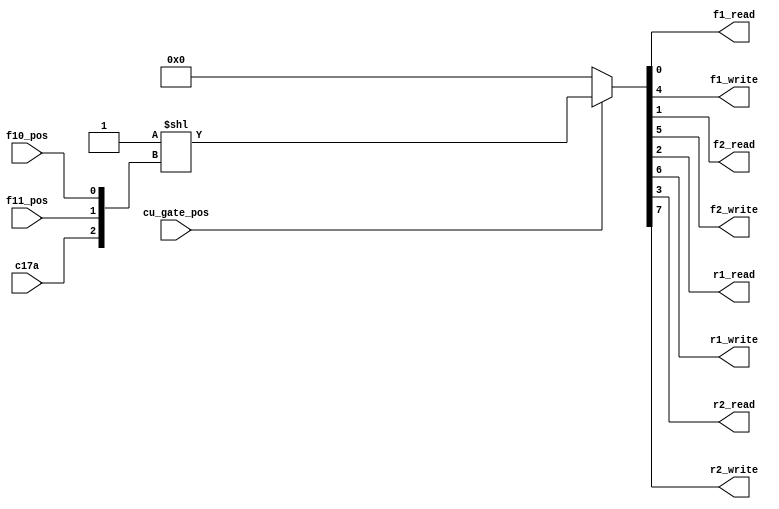
/* The original machine's initial version had 32 Memory Tanks, 
 * distributed over four racks (8 Tanks per rack). Each Tank was
 * capable of holding 16 full words of 36 bits length 72 us delay. 
 * 
 * This is the first stage of Tank decoding. Uses two most significant 
 * bits of the Tank Number field (bits 10 and 11, corresponding to 
 * f10_pos and f11_pos respectively) to determine rack to be 
 * selected - F1, F2, R1 or R2. Additional control signal, c17a gated 
 * with cu_gate_pos, determines access type - read or write.
 */

module tank_decoder0
  (output wire f1_read,
   output wire f1_write,
   output wire f2_read,
   output wire f2_write,
   output wire r1_read,
   output wire r1_write,
   output wire r2_read,
   output wire r2_write,

   input wire  c17a, // F, I, T, U, Starter order.
   input wire  f10_pos, // Tank address bit 10.
   input wire  f11_pos, // Tank address bit 11.
   input wire  cu_gate_pos // Coincidence gate.
  );

   /*  c17a  f11_pos  f10_pos  |
    * -------------------------+----------------------
    *  0       0        0      | f1_read  (0000_0001)
    *  0       0        1      | f2_read  (0000_0010)
    *  0       1        0      | r1_read  (0000_0100)
    *  0       1        1      | r2_read  (0000_1000)
    *  1       0        0      | f1_write (0001_0000)
    *  1       0        1      | f2_write (0010_0000)
    *  1       1        0      | r1_write (0100_0000)
    *  1       1        1      | r2_write (1000_0000)
    */
   assign {r2_write, r1_write, f2_write, f1_write, r2_read, r1_read, f2_read, f1_read} = cu_gate_pos ? (8'b0000_0001 << {c17a, f11_pos, f10_pos}) : 8'b0000_0000;

endmodule